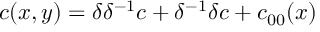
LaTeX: c ( x , y ) = \delta \delta ^ { - 1 } c + \delta ^ { - 1 } \delta c + c _ { 0 0 } ( x )